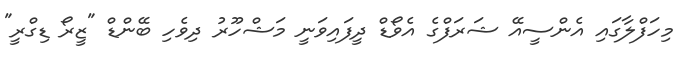
މިހަފްލާގައި އެންސީއޭ ޝަރަފްގެ އެވޯޑް ދީފައިވަނީ މަޝްހޫރު ދިވެހި ބޭންޑް "ޒީރޯ ޑިގްރީ"